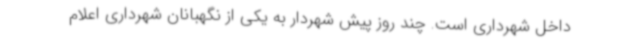
داخل شهرداری است. چند روز پیش شهردار به یکی از نگهبانان شهرداری اعلام